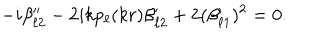
LaTeX: - i \beta _ { \ell 2 } ^ { \prime \prime } - 2 i k p _ { \ell } ( k r ) \beta _ { \ell 2 } ^ { \prime } + 2 ( \beta _ { \ell 1 } ^ { \prime } ) ^ { 2 } = 0 .